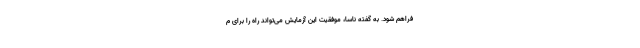
فراهم شود. به گفته ناسا، موفقیت این آزمایش می‌تواند راه را برای م